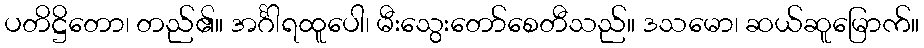
ပတိဋ္ဌိတော၊ တည်၏။ အင်္ဂါရထူပေါ၊ မီးသွေးတော်စေတီသည်။ ဒသမော၊ ဆယ်ဆူမြောက်။